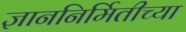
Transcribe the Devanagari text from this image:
ज्ञाननिर्मितीच्या